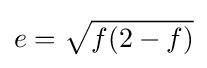
e={\sqrt {f(2-f)}}